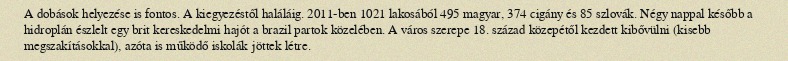
A dobások helyezése is fontos. A kiegyezéstől haláláig. 2011-ben 1021 lakosából 495 magyar, 374 cigány és 85 szlovák. Négy nappal később a hidroplán észlelt egy brit kereskedelmi hajót a brazil partok közelében. A város szerepe 18. század közepétől kezdett kibővülni (kisebb megszakításokkal), azóta is működő iskolák jöttek létre.